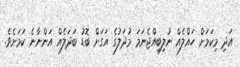
އަދި މިކަމަށް ހައްލެއް ނުލިބިއްޖެނަމަ މުދަލުގެ އަގަށް ބޮޑު ބަދަލެއް އަންނާނެ ކަމަށެވެ.